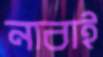
নাবাই